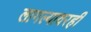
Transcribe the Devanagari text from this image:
लागल्यावरही